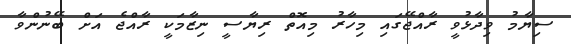
ސިޔާމު ވިދާޅުވީ ރާއްޖޭގައި މިހާރު މިއޮތް ރިޔާސީ ނިޒާމަކީ ރާއްޖެ އަށް ބޭނުންވާ